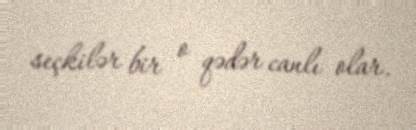
seçkilər bir o qədər canlı olar.